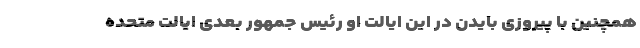
همچنین با پیروزی بایدن در این ایالت او رئیس جمهور بعدی ایالت متحده